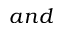
a n d